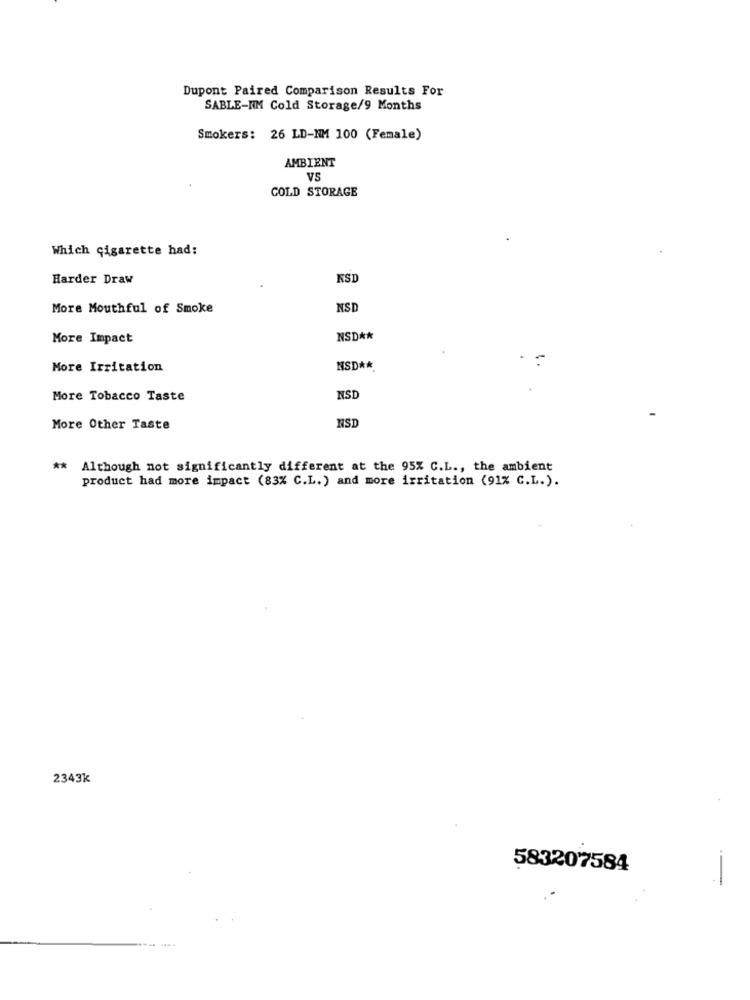
Dupont Paired Comparison Results For
SABLE-KM Cold Storage/9 Months
Smokers: 26 LD-NM 100 (Female)
AMBIENT
VS
COLD STORAGE
Which cigarette had:
Harder Draw
KSI
More Mouthful of Smoke
NSI
More Impact
NSD **
More Irritation
NSD **
More Tobacco Taste
NSI
More Other Taste
NSI
** Although not significantly different at the 95% C.L ., the ambient
product had more impact (83% C.L.) and more irritation (91% C.L.).
2343k
583207584